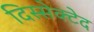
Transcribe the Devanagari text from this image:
दिस्सेक्टेद